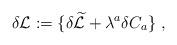
LaTeX: \begin{align*} \delta {\cal L} := \{ \delta \widetilde{\cal L} + \lambda^a \delta C_a \} \ ,\end{align*}